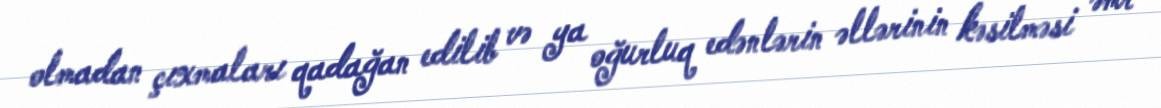
olmadan çıxmaları qadağan edilib və ya oğurluq edənlərin əllərinin kəsilməsi əmr